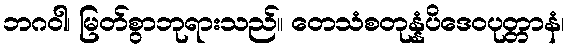
ဘဂဝါ၊ မြတ်စွာဘုရားသည်။ တေသံစတုန္နံပိဒေဝပုတ္တာနံ၊